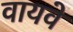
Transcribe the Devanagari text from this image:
वायवे